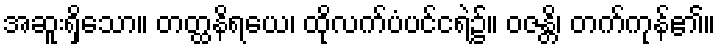
အဆူးရှိသော။ တတ္ထနိရယေ၊ ထိုလက်ပံပင်ငရဲ၌။ ဝဇန္တိ၊ တက်ကုန်၏။